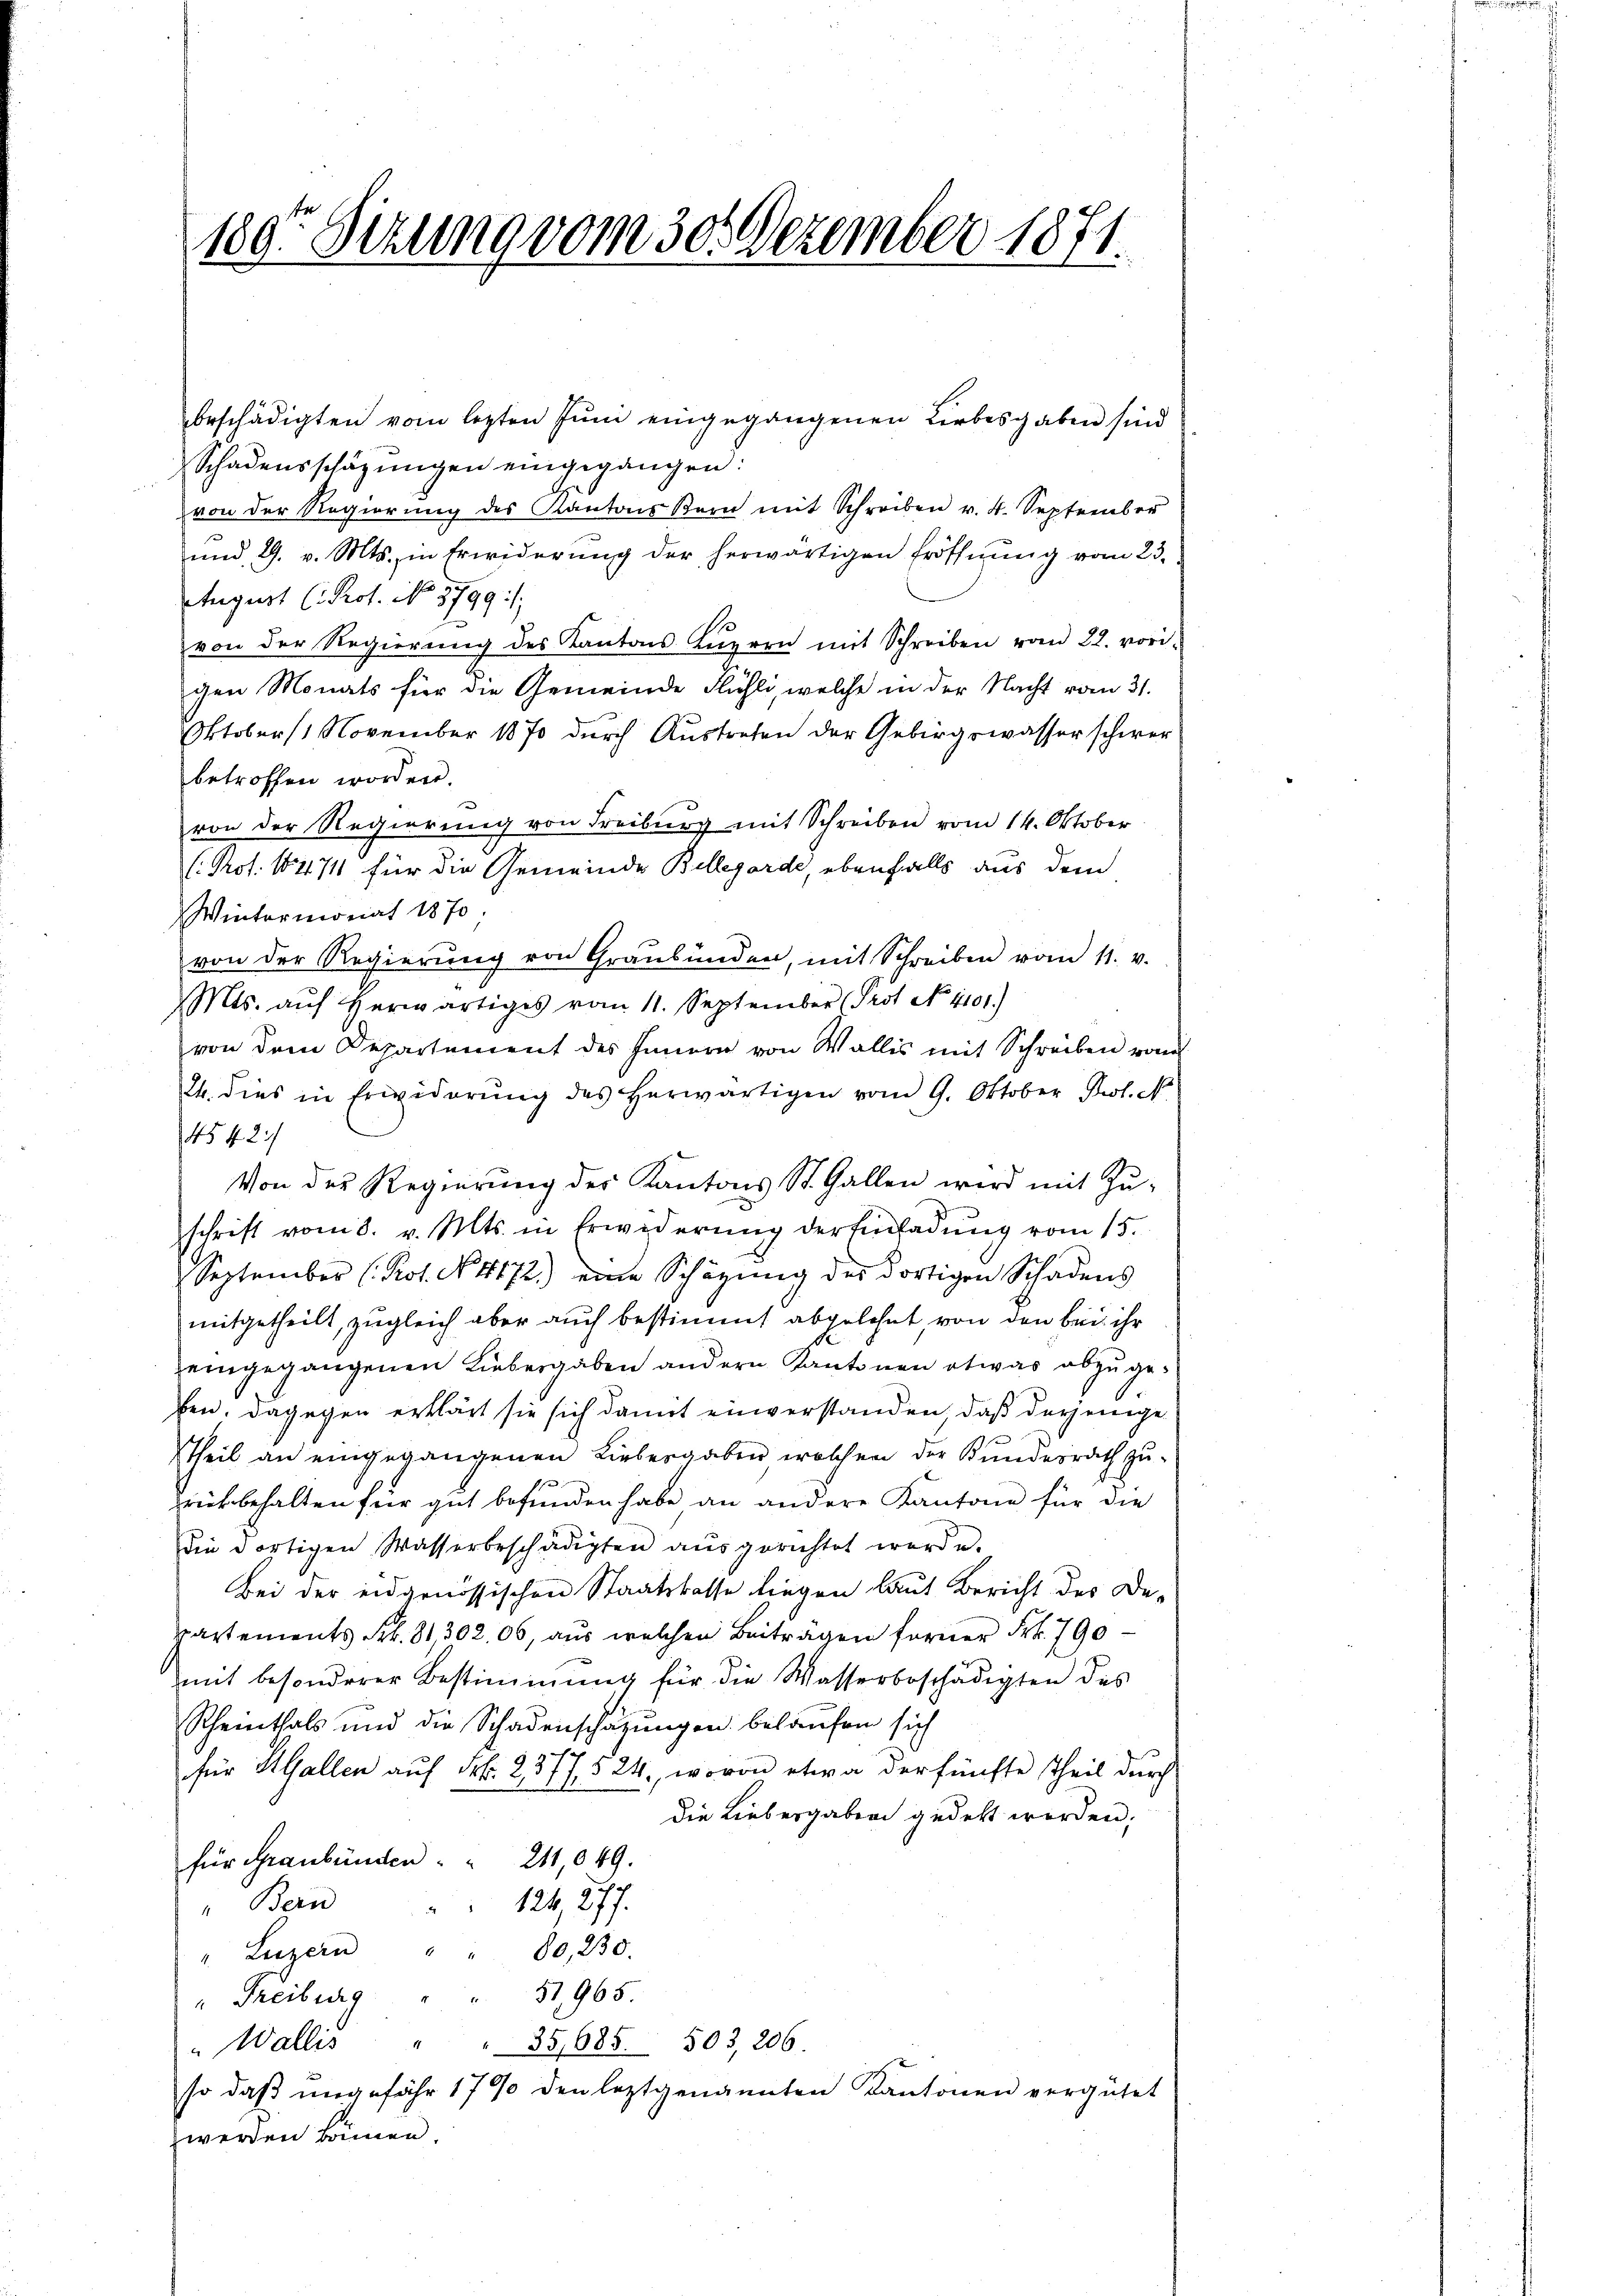
180. Sitzung vom 30. Dezember 1871.

beschädigten vom lezten Jŭni eingegangenen Liebesgaben sind
Schadensschäzŭngen eingegangen:
von der Regierung des Kantons Bern mit Schreiben v. 4. September
ŭnd 9. v. Mts., in Erwiderŭng der herwärtigen Eröffnŭng vom 23.
Etagert C. Prof. No. 3799:
von der Regierung des Kantons Luzern mit Schreiben vom 22. vori-
gen Monats für die Gemeinde Flühli, welche in der Nacht vom 31.
Oktoberst November 1870 durch Austreten der Gebirgswasser schwer
betroffen worden.
von der Regierung von Freiburg mit Schreiben vom 14. Oktober
(Pot. 18471 für die Gemeinde Billegarde, ebenfalls aus dem
Wintermonat 1870
von der Regierung von Graubünden, mit Schreiben vom 11. v.
Mts. aŭf herwärtiges vom 11. September (Prot. No. 4101.)
von dem Departement des Innern von Wallis mit Schreiben vom
24. dies in Erwiderŭng des herwärtigen vom 9. Oktober Prol. N
4542/
Von der Regierung des Kantons St. Gallen wird mit Zuschrift vom 8. v. Mts. in Erwiderŭng der Einladŭng vom 15.
September (Rot. No. 4172) eine Schäzŭng der dortigen Schadens
mitgetheilt, zugleich aber auch bestimmt abgelehnt, von den bei ihr
zeingegangenen Liebergaben andern Kantonen etwas abzugeben, dagegen erklärt sie sich damit einverstanden, daß derjenige
theil an eingegangenen Liebergaben welchen der Kundesrath zu-
zrückbehalten für gut befunden habe an andere Kantone für die
die dortigen Wasserbeschädigten aŭsgerichtet werde.
Bei der eidgenössischen Staatskasse liegen laut Bericht des De-
partements Frk. 81,302. 06, aus welchen Beitragen ferner Frk. 790
mit besonderer Bestimmung für die Wasserbeschädigten des
Rheinthals und die Schadenschazungen belaufen sich
für Hallen auf Frk. 2, 377. 524., wovon etwa der fünfte Theil durch
die Liebergaben gedekt werden;
für Graubünden " " 211,049.
126 277.
Bern
80,230.
" Luzern
51965
" Freiburg
" Wallis " " 35,685. 503, 206.
so daß ungefähr 1790 den leztgenannten Kantonen vergütet
werden können.